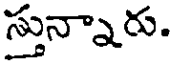
స్తున్నారు.